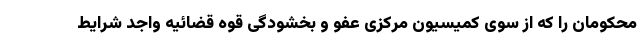
محکومان را که از سوی کمیسیون مرکزی عفو و بخشودگی قوه قضائیه واجد شرایط